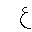
Letter: _ayn